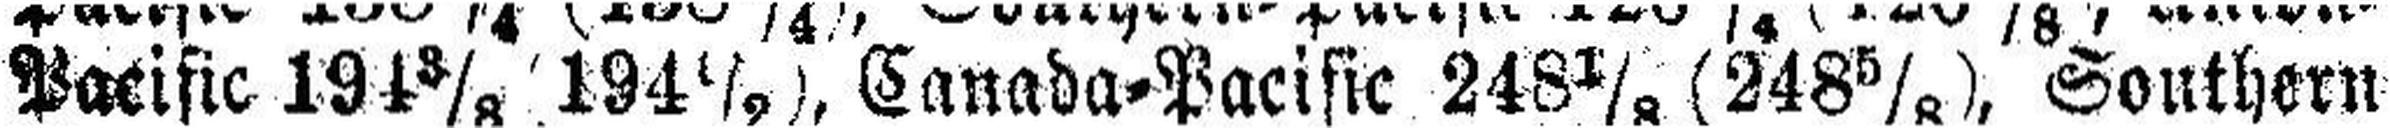
Pacific 194 3/8 194 1/9, Canada=Pacific 248 1/8 (248 5/8), Sounthern